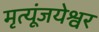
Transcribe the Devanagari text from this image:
मृत्यूंजयेश्वर